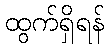
ထွက်ရှိရန်